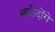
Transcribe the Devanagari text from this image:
खरीदोंगे